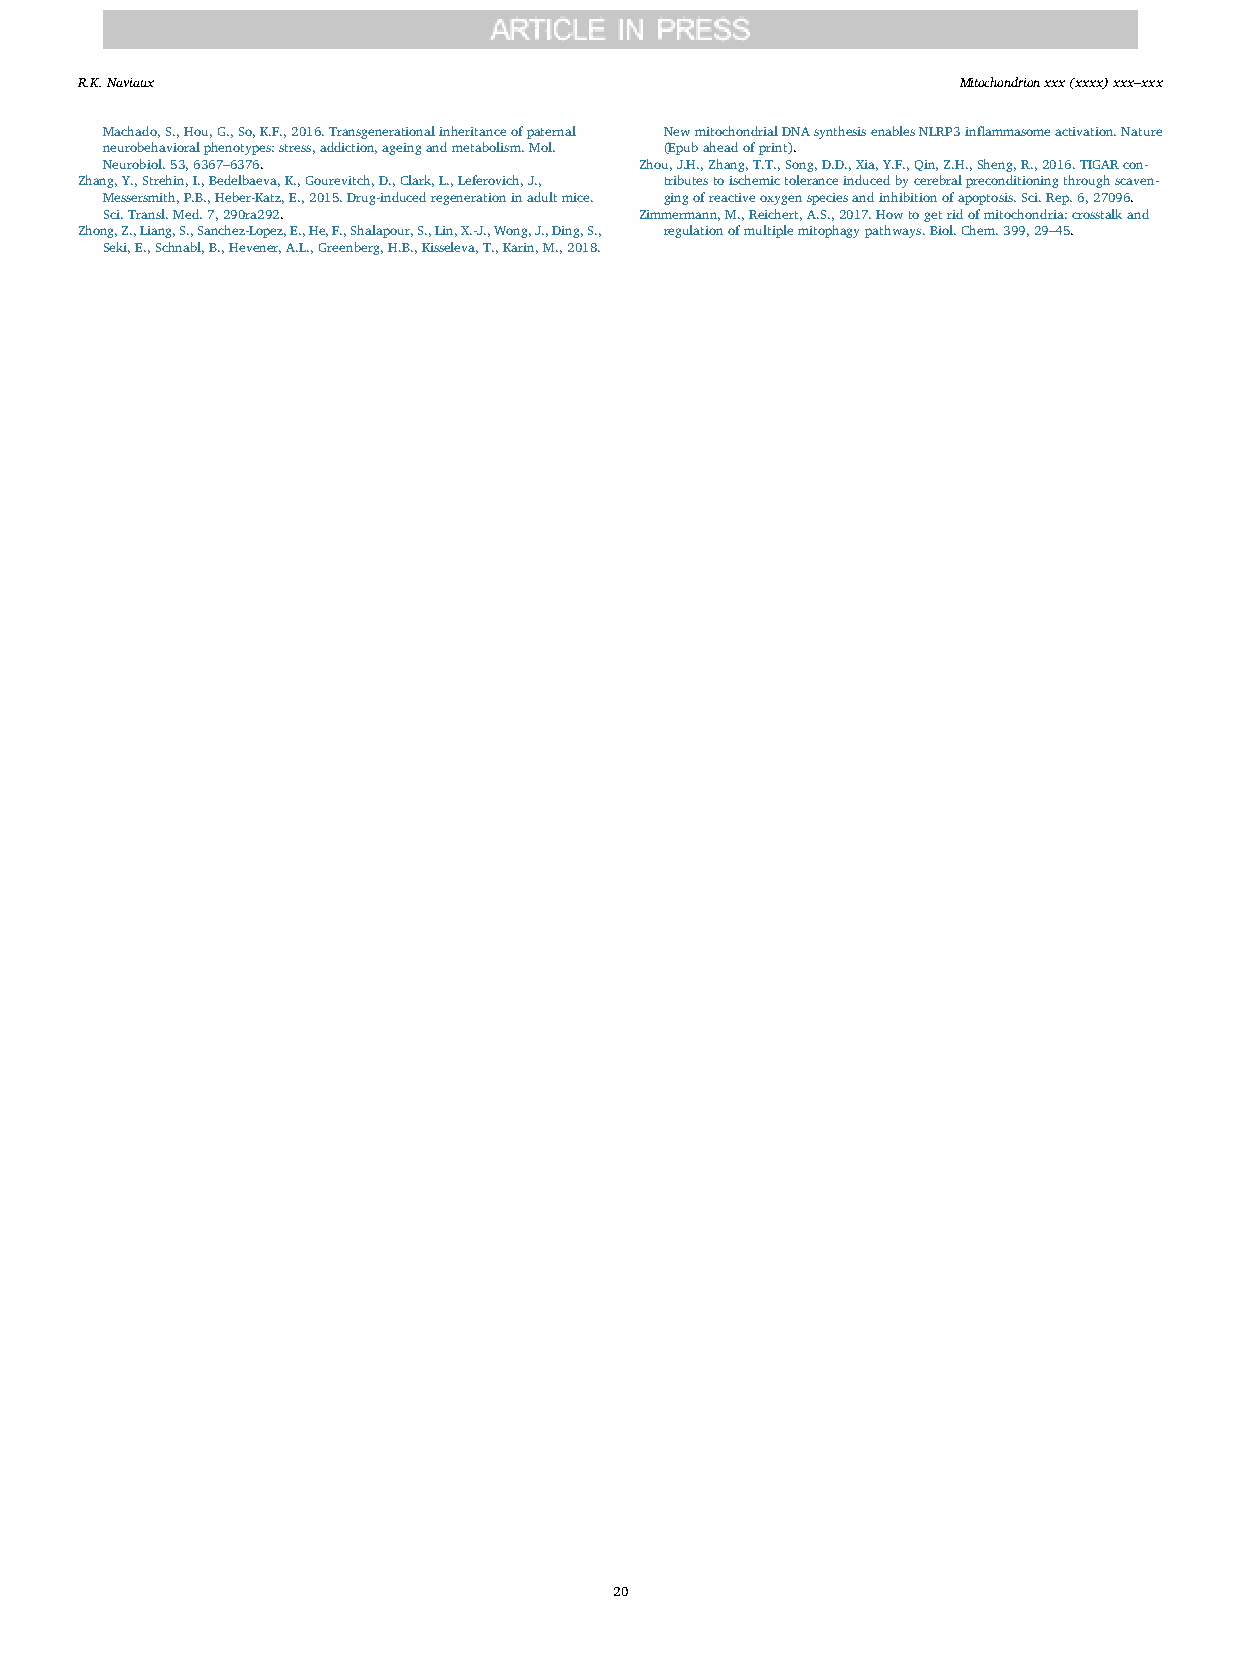
R.K.Naviaux                                               Mitochondrion xxx (xxxx) xxx–xxx
 Machado,S.,Hou,G.,So,K.F.,2016.Transgenerationalinheritanceofpaternal NewmitochondrialDNAsynthesisenablesNLRP3inflammasomeactivation.Nature
 neurobehavioralphenotypes:stress,addiction,ageingandmetabolism.Mol. (Epubaheadofprint).
 Neurobiol.53,6367–6376.            Zhou,J.H.,Zhang,T.T.,Song,D.D.,Xia,Y.F.,Qin,Z.H.,Sheng,R.,2016.TIGARcon-
 Zhang,Y.,Strehin,I.,Bedelbaeva,K.,Gourevitch,D.,Clark,L.,Leferovich,J., tributestoischemictoleranceinducedbycerebralpreconditioningthroughscaven-
 Messersmith,P.B.,Heber-Katz,E.,2015.Drug-inducedregenerationinadultmice. gingofreactiveoxygenspeciesandinhibitionofapoptosis.Sci.Rep.6,27096.
 Sci.Transl.Med.7,290ra292.         Zimmermann,M.,Reichert,A.S.,2017.Howtogetridofmitochondria:crosstalkand
 Zhong,Z.,Liang,S.,Sanchez-Lopez,E.,He,F.,Shalapour,S.,Lin,X.-J.,Wong,J.,Ding,S., regulationofmultiplemitophagypathways.Biol.Chem.399,29–45.
 Seki,E.,Schnabl,B.,Hevener,A.L.,Greenberg,H.B.,Kisseleva,T.,Karin,M.,2018.
 20